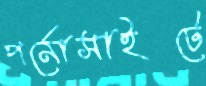
পর্নোসাইটে